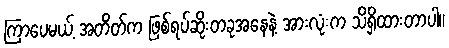
ကြာပေမယ့် အတိတ်က ဖြစ်ရပ်ဆိုးတခုအနေနဲ့ အားလုံးက သိရှိထားတာပါ။